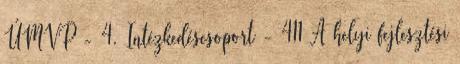
ÚMVP - 4. Intézkedéscsoport - 411 A helyi fejlesztési